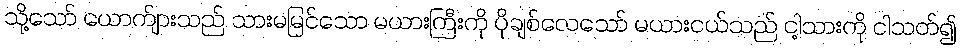
သို့သော် ယောက်ျားသည် သားမမြင်သော မယားကြီးကို ပိုချစ်လေသော် မယားငယ်သည် ငါ့သားကို ငါသတ်၍